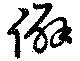
僻